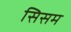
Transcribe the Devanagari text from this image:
सिसम